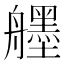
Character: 𦪷